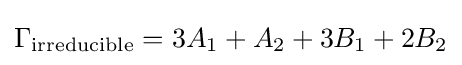
\Gamma _{\text{irreducible}}=3A_{1}+A_{2}+3B_{1}+2B_{2}